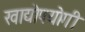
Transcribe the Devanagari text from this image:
खाद्योपयोगी